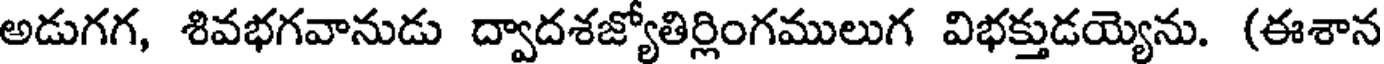
అడుగగ, శివభగవానుడు ద్వాదశజ్యోతిర్లింగములుగ విభక్తుడయ్యెను. (ఈశాన